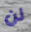
لن